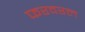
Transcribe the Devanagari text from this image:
फरवरल